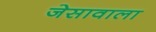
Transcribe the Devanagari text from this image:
जेसावाला